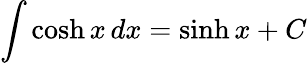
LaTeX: \int\cosh x\, dx=\sinh x+C